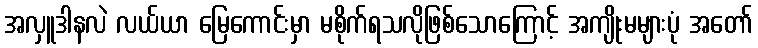
အလှူဒါနလဲ လယ်ယာ မြေကောင်းမှာ မစိုက်ရသလိုဖြစ်သောကြောင့် အကျိုးမများပုံ အတော်